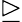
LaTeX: \trianglerighteq